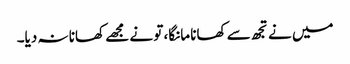
میں نے تجھ سے کھانا مانگا، تو نے مجھے کھانا نہ دیا۔